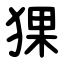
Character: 猓